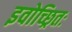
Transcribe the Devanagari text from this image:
इवोच्छ्रितः